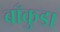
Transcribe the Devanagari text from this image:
बाँकुडा